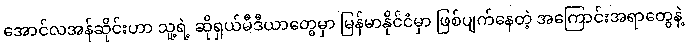
အောင်လအန်ဆိုင်းဟာ သူ့ရဲ့ ဆိုရှယ်မီဒီယာတွေမှာ မြန်မာနိုင်ငံမှာ ဖြစ်ပျက်နေတဲ့ အကြောင်းအရာတွေနဲ့